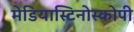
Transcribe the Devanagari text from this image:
मेडियास्टिनोस्कोपी